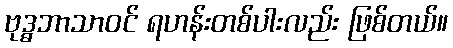
ဗုဒ္ဓဘာသာဝင် ရဟန်းတစ်ပါးလည်း ဖြစ်တယ်။